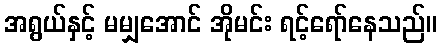
အရွယ်နှင့် မမျှအောင် အိုမင်း ရင့်ရော်နေသည်။